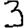
Digit: 3